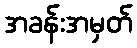
အခန်းအမှတ်